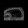
Digit: ၈